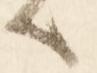
へ